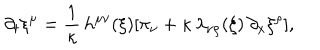
\partial _ { t } \xi ^ { \mu } = \frac { 1 } { \kappa } \, h ^ { \mu \nu } ( \xi ) [ \pi _ { \nu } + \kappa \, \lambda _ { \nu \rho } ( \xi ) \, \partial _ { x } \xi ^ { \rho } ] ,